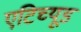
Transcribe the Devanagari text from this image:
एटिच्यूड